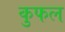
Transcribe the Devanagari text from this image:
कुफल